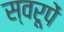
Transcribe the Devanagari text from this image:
स्वरूपें